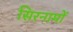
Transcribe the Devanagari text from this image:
सिरनामों